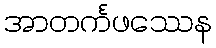
အာတင်္ကဖဿေန